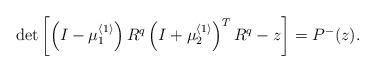
LaTeX: \begin{align*}\det\left[ \left( I-\mu _{1}^{\left\langle 1\right\rangle }\right) R^{q}\left( I+\mu _{2}^{\left\langle 1\right\rangle }\right) ^{T}R^{q}-z\right] =P^{-}(z) .\end{align*}